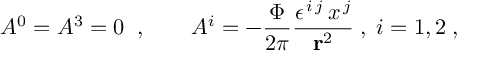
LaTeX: A ^ { 0 } = A ^ { 3 } = 0 \; \; , \qquad A ^ { i } = - \frac { \Phi } { 2 \pi } \frac { \epsilon ^ { \, i \, j } \, x ^ { \, j } } { { \bf r } ^ { 2 } } \; , \; i = 1 , 2 \; ,